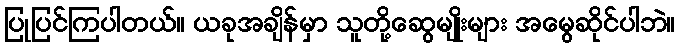
ပြုပြင်ကြပါတယ်။ ယခုအချိန်မှာ သူတို့ဆွေမျိုးများ အမွေဆိုင်ပါဘဲ။